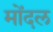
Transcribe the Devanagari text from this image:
मोंदल